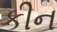
કીન